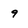
Character: 9